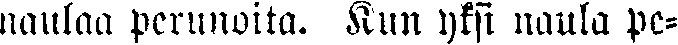
naulaa perunoita. Kun yksi naula pe-